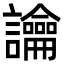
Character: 讑